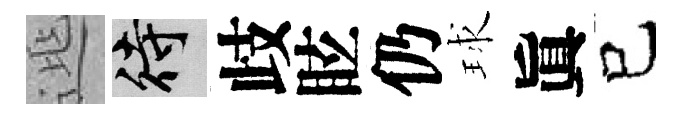
𨓱待歧眩仍球眞已